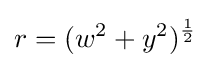
r=(w^{2}+y^{2})^{1 \over 2}